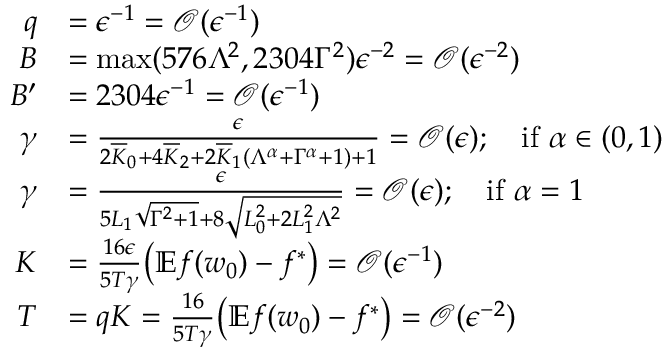
\begin{array} { r l } { q } & { = \epsilon ^ { - 1 } = \mathcal { O } ( \epsilon ^ { - 1 } ) } \\ { B } & { = \operatorname* { m a x } ( 5 7 6 \Lambda ^ { 2 } , 2 3 0 4 \Gamma ^ { 2 } ) \epsilon ^ { - 2 } = \mathcal { O } ( \epsilon ^ { - 2 } ) } \\ { B ^ { \prime } } & { = 2 3 0 4 \epsilon ^ { - 1 } = \mathcal { O } ( \epsilon ^ { - 1 } ) } \\ { \gamma } & { = \frac { \epsilon } { 2 \overline { { K } } _ { 0 } + 4 \overline { { K } } _ { 2 } + 2 \overline { { K } } _ { 1 } ( \Lambda ^ { \alpha } + \Gamma ^ { \alpha } + 1 ) + 1 } = \mathcal { O } ( \epsilon ) ; \quad \mathrm { i f ~ } \alpha \in ( 0 , 1 ) } \\ { \gamma } & { = \frac { \epsilon } { 5 L _ { 1 } \sqrt { \Gamma ^ { 2 } + 1 } + 8 \sqrt { L _ { 0 } ^ { 2 } + 2 L _ { 1 } ^ { 2 } \Lambda ^ { 2 } } } = \mathcal { O } ( \epsilon ) ; \quad \mathrm { i f ~ } \alpha = 1 } \\ { K } & { = \frac { 1 6 \epsilon } { 5 T \gamma } \big ( \mathbb { E } f ( w _ { 0 } ) - f ^ { * } \big ) = \mathcal { O } ( \epsilon ^ { - 1 } ) } \\ { T } & { = q K = \frac { 1 6 } { 5 T \gamma } \big ( \mathbb { E } f ( w _ { 0 } ) - f ^ { * } \big ) = \mathcal { O } ( \epsilon ^ { - 2 } ) } \end{array}